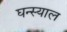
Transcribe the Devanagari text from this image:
घन्स्याल